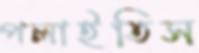
পলাইতিস